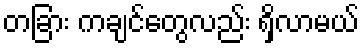
တခြား ကချင်တွေလည်း ရှိလာမယ်